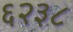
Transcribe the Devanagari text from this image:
६२३८